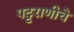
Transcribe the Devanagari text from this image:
पट्टराणीचे